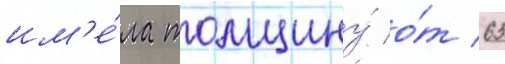
им'е́ла толщину́ о́т 63